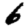
Digit: 6